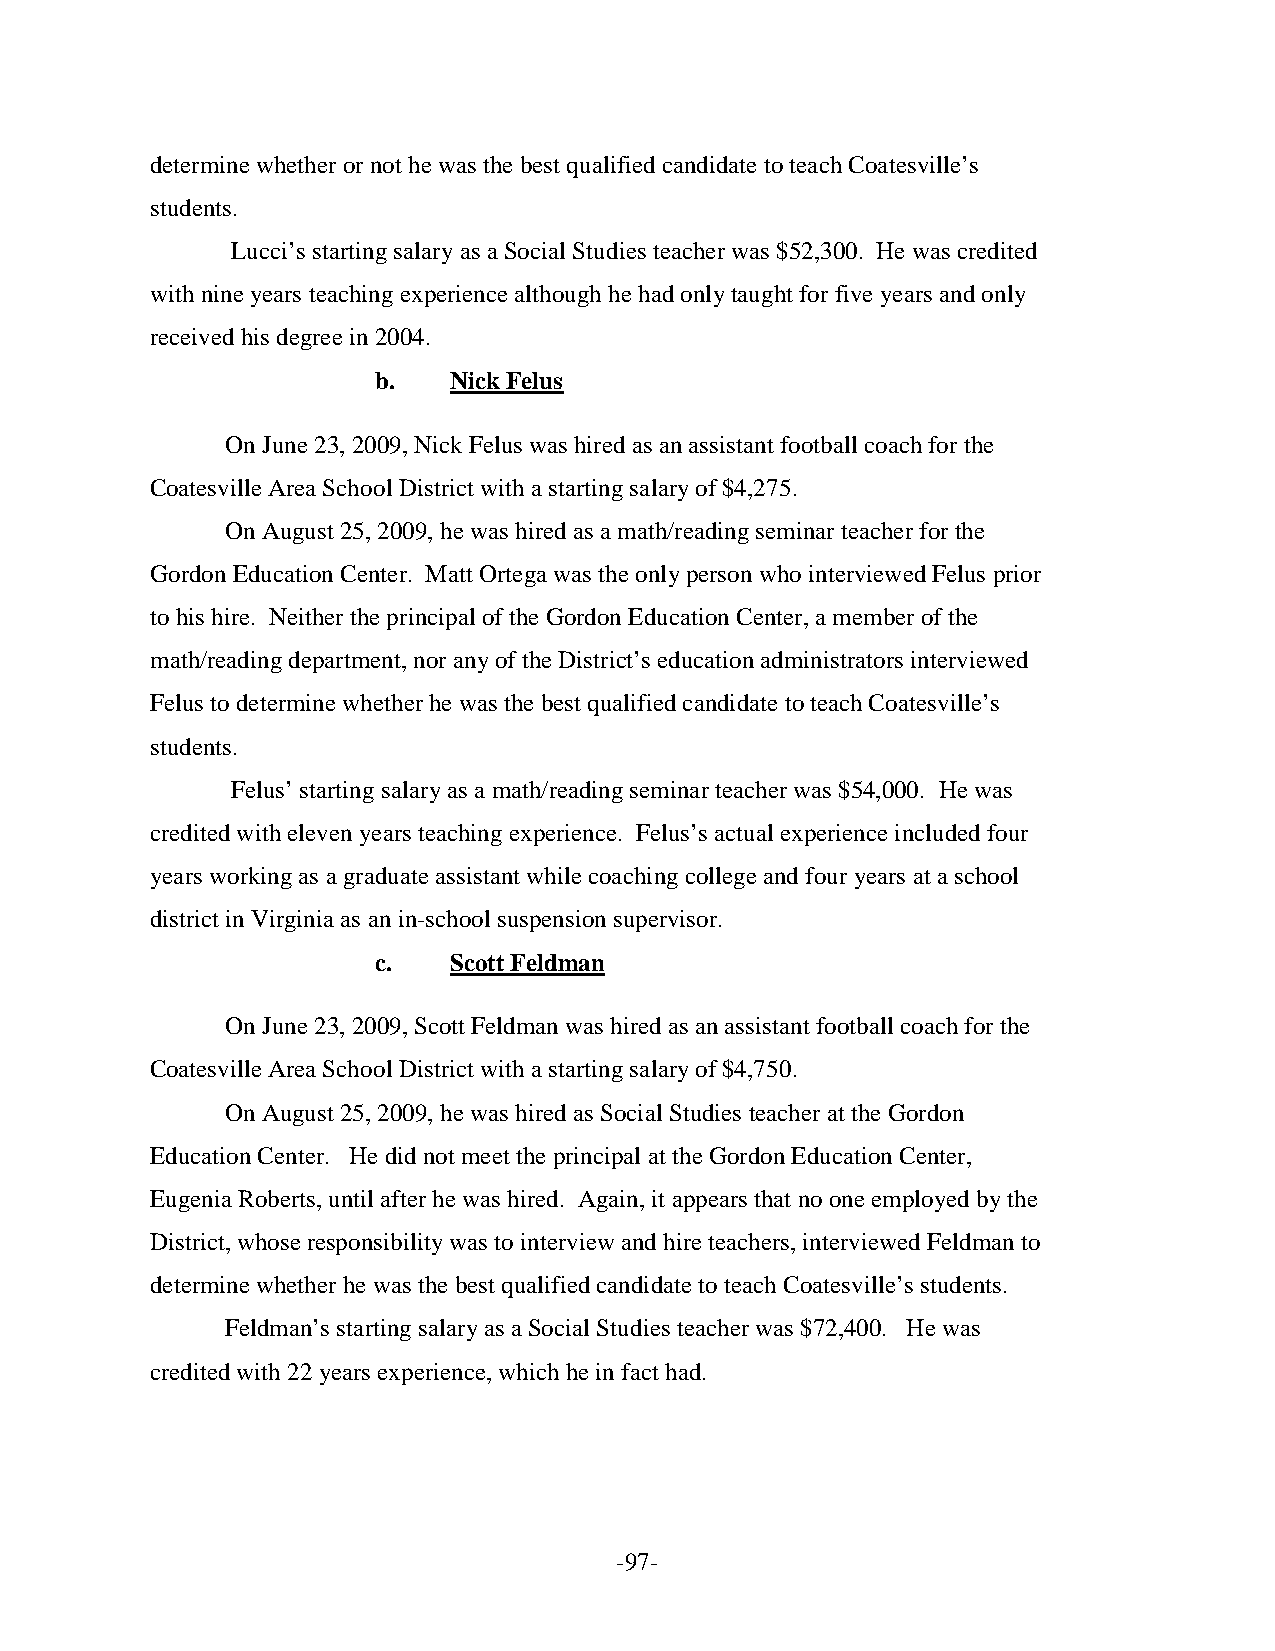
determine whether or not he was the best qualified candidate to teach Coatesville’s
 students.
 Lucci’s starting salary as a Social Studies teacher was $52,300. He was credited
 with nine years teaching experience although he had only taught for five years and only
 received his degree in 2004.
 b.   Nick Felus
 On June 23, 2009, Nick Felus was hired as an assistant football coach for the
 Coatesville Area School District with a starting salary of $4,275.
 On August 25, 2009, he was hired as a math/reading seminar teacher for the
 Gordon Education Center. Matt Ortega was the only person who interviewed Felus prior
 to his hire. Neither the principal of the Gordon Education Center, a member of the
 math/reading department, nor any of the District’s education administrators interviewed
 Felus to determine whether he was the best qualified candidate to teach Coatesville’s
 students.
 Felus’ starting salary as a math/reading seminar teacher was $54,000. He was
 credited with eleven years teaching experience. Felus’s actual experience included four
 years working as a graduate assistant while coaching college and four years at a school
 district in Virginia as an in-school suspension supervisor.
 c.   Scott Feldman
 On June 23, 2009, Scott Feldman was hired as an assistant football coach for the
 Coatesville Area School District with a starting salary of $4,750.
 On August 25, 2009, he was hired as Social Studies teacher at the Gordon
 Education Center. He did not meet the principal at the Gordon Education Center,
 Eugenia Roberts, until after he was hired. Again, it appears that no one employed by the
 District, whose responsibility was to interview and hire teachers, interviewed Feldman to
 determine whether he was the best qualified candidate to teach Coatesville’s students.
 Feldman’s starting salary as a Social Studies teacher was $72,400. He was
 credited with 22 years experience, which he in fact had.
 -97-